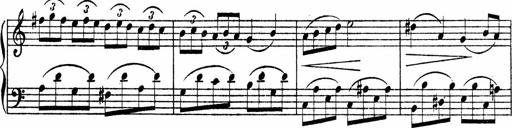
Title: Piano Sonata
Composer: Karl HÃ¤ssler
Key: C major